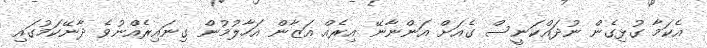
އެކަމާ ގުޅިގެން ނުދައްކަނީސް ގެއަށް އަންނާނޭ އިރެއް އަޒާން އަހާލުމުން ގިނައިރެއްނުވެ ދާނޭކަމުގައި